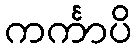
ကင်္ကာပိ